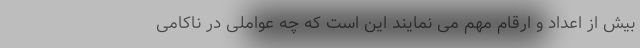
بیش از اعداد و ارقام مهم می نمایند این است که چه عواملی در ناکامی